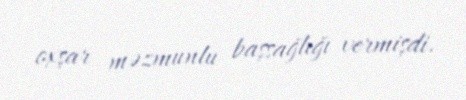
oxşar məzmunlu başsağlığı vermişdi.